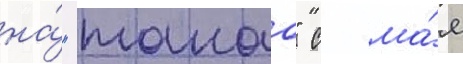
на́ "такао" с ма́я